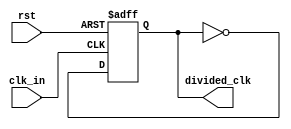
module clock_div_1(
	input clk_in,
	input rst,
	output reg divided_clk
    );
    always@(posedge clk_in,posedge rst)
        if(rst==1)
            divided_clk=0;
        else
            divided_clk = ~divided_clk;
endmodule
module clock_div_22#(parameter N = 22)(
	input clk_in,
	input rst,
	output divided_clk
    );
    wire[N:0] w;
    assign w[0] = clk_in;
    assign divided_clk = w[N];
    genvar i;
    generate for(i=0;i<N;i=i+1) begin
        clock_div_1 cd1_(w[i],rst,w[i+1]);
    end
    endgenerate
endmodule
module clock_divider(
	input clk_in,
	input rst,
	output reg divided_clk
    );
	 
	 
reg[20:0] toggle_value = 22'b110010110111001101010;
//28'b0101111101011110000100000000;

	 
reg[20:0] cnt;

always@(posedge clk_in,rst)
begin
	if (rst==1) begin
		cnt <= 0;
		divided_clk <= 0;
	end
	else begin
		if (cnt==toggle_value) begin
			cnt <= 0;
			divided_clk <= ~divided_clk;
		end
		else begin
			cnt <= cnt +1;
			divided_clk <= divided_clk;		
		end
	end

end
			  
	


endmodule